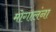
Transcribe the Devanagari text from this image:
मोगालंना